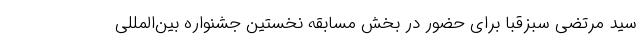
سید مرتضی سبزقبا برای حضور در بخش مسابقه نخستین جشنواره بین‌المللی